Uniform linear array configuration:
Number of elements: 64
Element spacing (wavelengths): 0.5
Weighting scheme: exponential
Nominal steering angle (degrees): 60
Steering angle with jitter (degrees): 60.787
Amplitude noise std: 0.05
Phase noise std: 0.05

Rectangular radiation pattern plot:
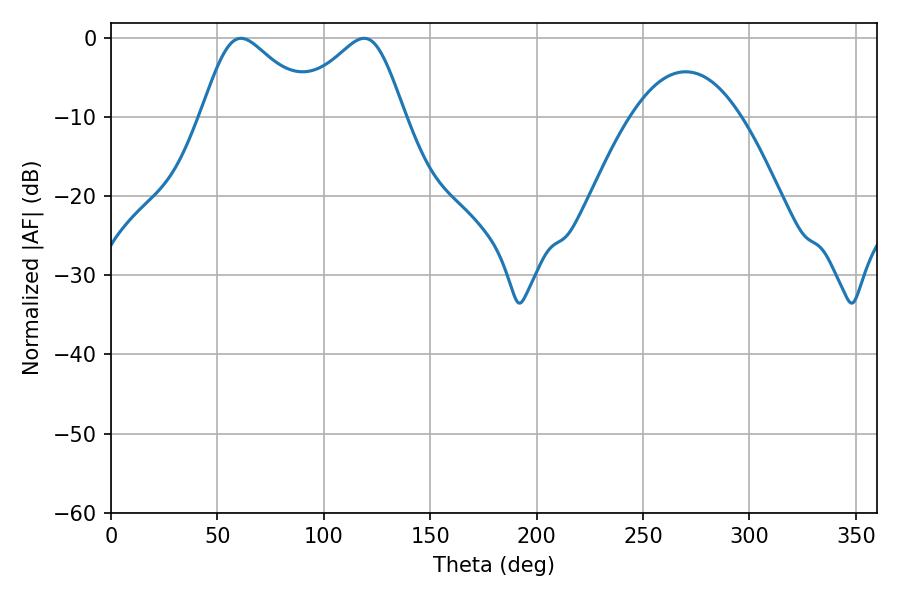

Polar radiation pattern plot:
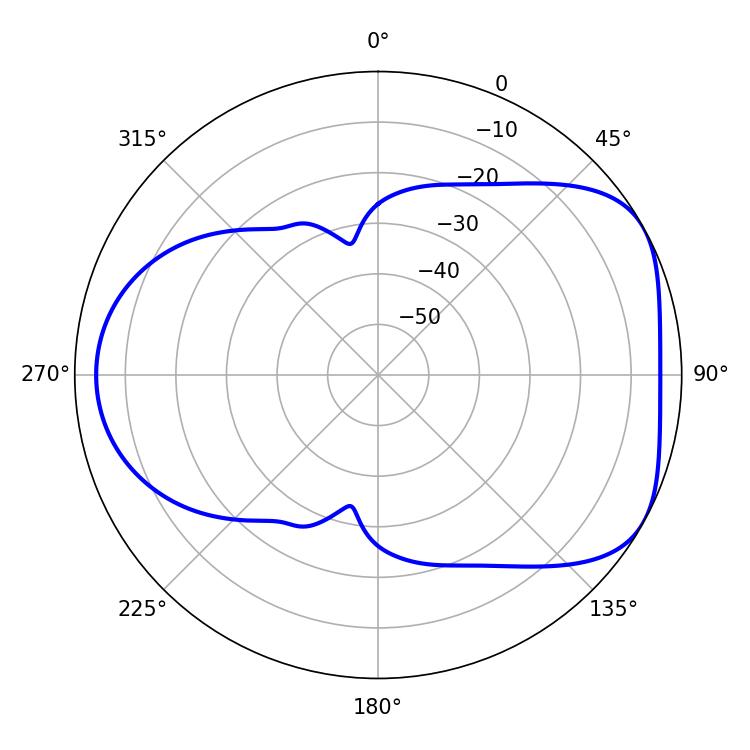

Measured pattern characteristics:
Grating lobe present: FALSE
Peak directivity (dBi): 4.909
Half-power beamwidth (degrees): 26.46
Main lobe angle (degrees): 61.02